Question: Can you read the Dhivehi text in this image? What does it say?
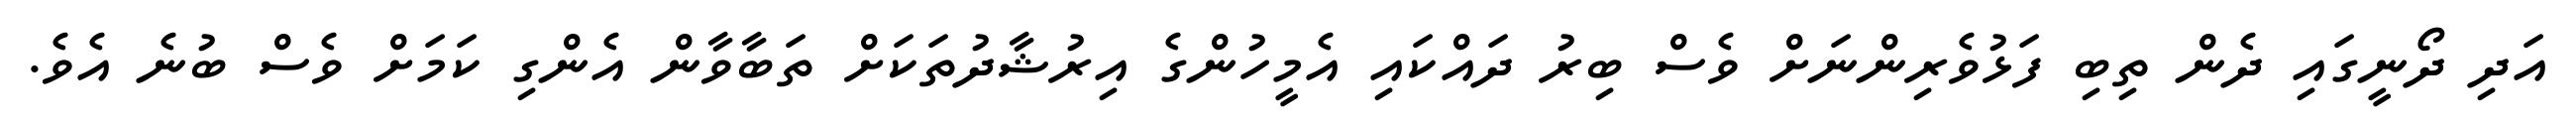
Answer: އަދި ދޯނީގައި ދެން ތިބި ފަޅުވެރިންނަށް ވެސް ބިރު ދައްކައި އެމީހުންގެ އިރުޝާދުތަކަށް ތަބާވާން އެންގި ކަމަށް ވެސް ބުނެ އެވެ.